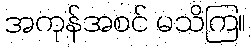
အကုန်အစင် မသိကြ။